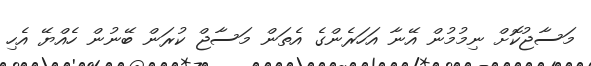
މަސާޖުކޮށް ނިމުމުން އޭނާ އަހަރެންގެ އެތަން މަސާޖް ކުރަން ބޭނުން ހެއްޔޭ އެހި